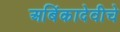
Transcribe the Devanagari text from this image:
अबिंकादेवीचे